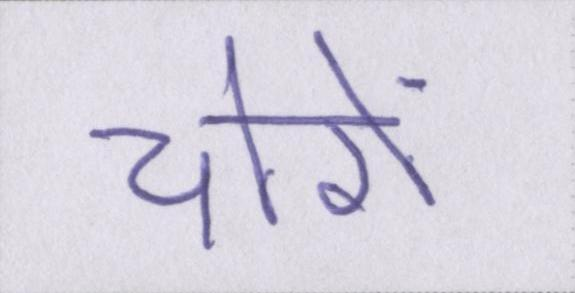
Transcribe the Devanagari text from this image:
चोरों